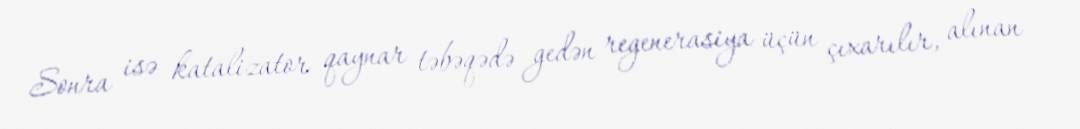
Sonra isə katalizator qaynar təbəqədə gedən regenerasiya üçün çıxarılır, alınan